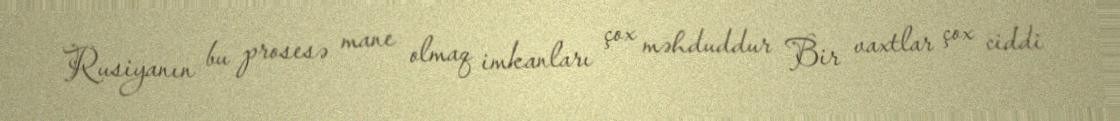
Rusiyanın bu prosesə mane olmaq imkanları çox məhduddur Bir vaxtlar çox ciddi